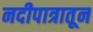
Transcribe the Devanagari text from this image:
नदीपात्रातून